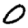
Digit: 0